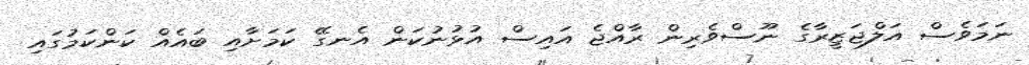
ނަމަވެސް އަލްޖަޒީރާގެ ނޫސްވެރިން ރާއްޖެ އައިސް އުޅުނުކަން އެނގޭ ކަމަށާއި ބައެއް ކަންކަމުގައި